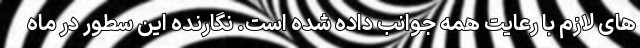
های لازم با رعایت همه جوانب داده شده است. نگارنده این سطور در ماه